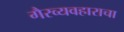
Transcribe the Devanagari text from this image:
गैरव्यवहाराचा